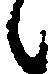
候